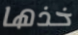
خذها